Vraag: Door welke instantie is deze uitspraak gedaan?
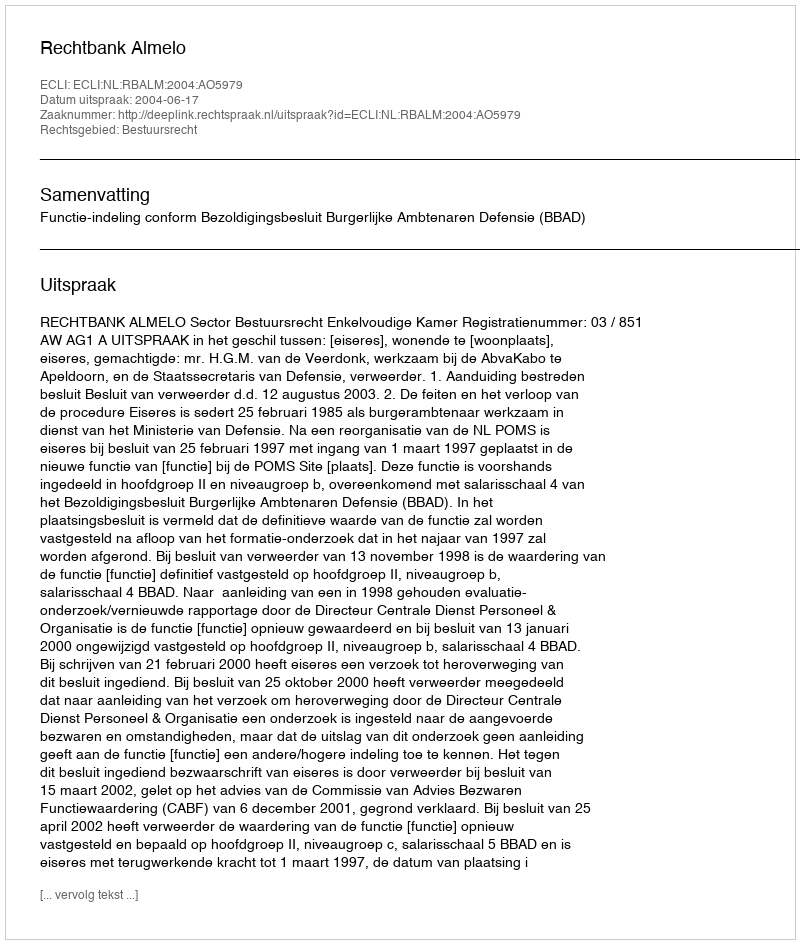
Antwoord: Rechtbank Almelo